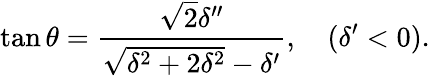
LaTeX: \tan\theta={\frac{\sqrt 2\delta^{\prime\prime}}{\sqrt{\delta^{2}+2\delta^{2}}-\delta^{\prime}}},~~~~(\delta^{\prime}<0).